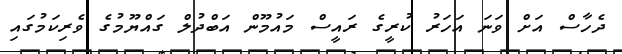
ދެހާސް އަށް ވަނަ އަހަރު ކުރީގެ ރައީސް މައުމޫން އަބްދުލް ގައްޔޫމުގެ ވެރިކަމުގައި